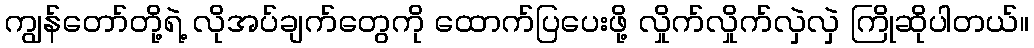
ကျွန်တော်တို့ရဲ့ လိုအပ်ချက်တွေကို ထောက်ပြပေးဖို့ လှိုက်လှိုက်လှဲလှဲ ကြိုဆိုပါတယ်။